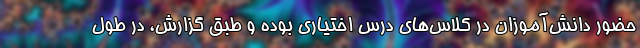
حضور دانش‌آموزان در کلاس‌های درس اختیاری بوده و طبق گزارش، در طول